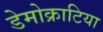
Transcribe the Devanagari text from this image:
डेमोक्राटिया